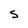
Character: s